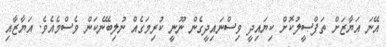
އޭނަ އަޔާޒަށް ތަފްޞީލުކޮށް ކިޔައިދީ ވިސްނައިދީގެން ނޫނީ ކުރިމަގެއް ނުލިބޭނެކަން ވެސްމެއެވެ. އަޔާޒާއި